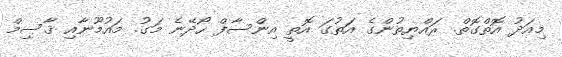
މިއަދު އޮތްގޮތް. ރައްޔިތުންގެ އަތުގަ އޮތީ އިންސާފް ހޯދޭނެ މަގު. މައުމޫނާއި ޤާސިމް